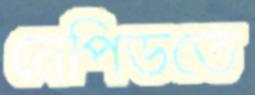
নেপিডতে